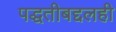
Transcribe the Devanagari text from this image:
पद्धतीबद्दलही